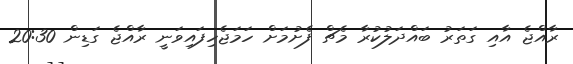
ރާއްޖެ އާއި ގަތަރު ބައްދަލުކުރާ މެޗް ފެށުމަށް ހަމަޖެހިފައިވަނީ ރާއްޖެ ގަޑިން 20:30